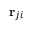
\mathbf { r } _ { j i }